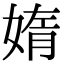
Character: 媠